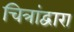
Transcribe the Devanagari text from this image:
चित्रांद्वारा